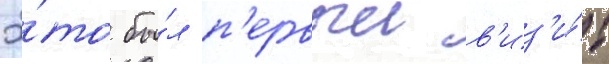
Э́то бы́л п'ервыи в'из'и́т